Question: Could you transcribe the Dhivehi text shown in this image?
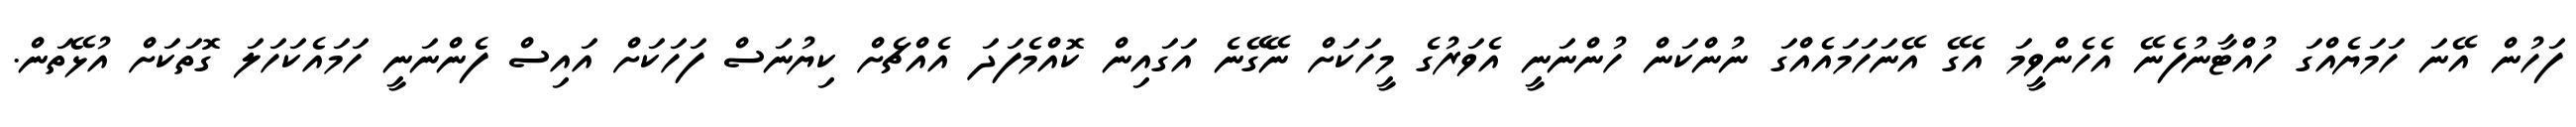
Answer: ފަހުން އޭނަ ހަމަޔެއްގަ ހުއްޓާނުފެނޭ އެހެންވީމަ އެގޭ އޭނަހަމައެއްގަ ނުންކަން ހުންނަނީ އެވަރުގެ މީހަކަށް ނޭގޭނެ އަގައިން ކޮއްމެފަދަ އެއްޗެށް ކިޔުނަސް ފަހަކަށް އައިސް ފެންނަނީ ހަމައެކަހަލަ ގޮތަކަށް އުޅޭތަން.